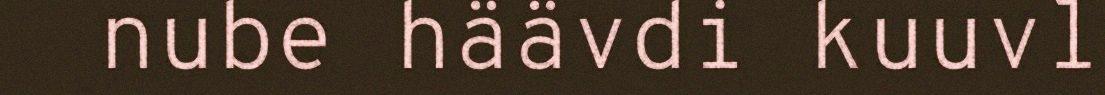
nube häävdi kuuvl